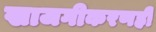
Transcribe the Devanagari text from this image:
खाजगीकरणही